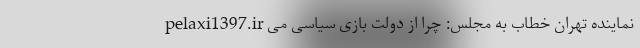
pelaxi1397.ir نماینده تهران خطاب به مجلس: چرا از دولت بازی سیاسی می